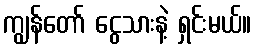
ကျွန်တော် ငွေသားနဲ့ ရှင်းမယ်။